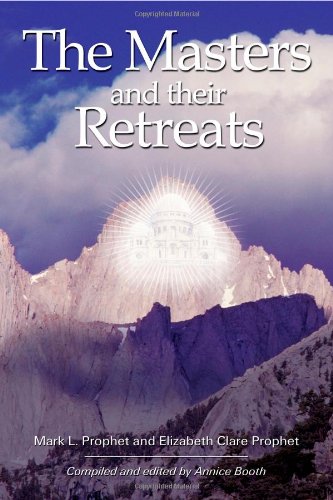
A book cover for The Masters And Their Retreats (Climb the Highest Mountain); Mark L. Prophet; Religion & Spirituality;